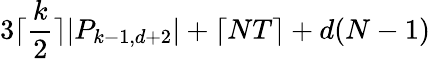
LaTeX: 3\lceil\frac{k}{2}\rceil|P_{k-1,d+2}|+\lceil NT\rceil+d(N-1)